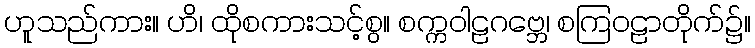
ဟူသည်ကား။ ဟိ၊ ထိုစကားသင့်စွ။ စက္ကဝါဠဂဗ္ဘေ၊ စကြဝဠာတိုက်၌။